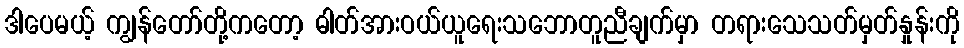
ဒါပေမယ့် ကျွန်တော်တို့ကတော့ ဓါတ်အားဝယ်ယူရေးသဘောတူညီချက်မှာ တရားသေသတ်မှတ်နှုန်းကို